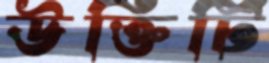
উক্তিটি